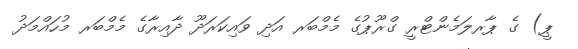
ޕީ) ގެ ޕާރލަމެންޓްރީ ގްރޫޕުގެ މެމްބަރ އަދި ވައިކަރަދޫ ދާއިރާގެ މެމްބަރ މުހައްމަދު